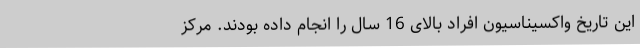
این تاریخ واکسیناسیون افراد بالای 16 سال را انجام داده بودند. مرکز